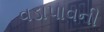
વડાપાવની